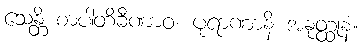
သေန္တိ စာပါတိခီဏာဝ၊ ပုရာဏာနိ အနုတ္ထုနံ။